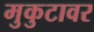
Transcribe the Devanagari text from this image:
मुकुटावर